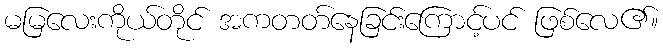
မမြလေးကိုယ်တိုင် အကတတ်နေခြင်းကြောင့်ပင် ဖြစ်လေ၏။